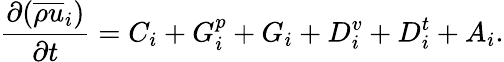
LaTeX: \frac{\partial(\overline{{\rho}}\overline{{u}}_{i})}{\partial t}=C_{i}+G_{i}^{p}+G_{i}+D_{i}^{v}+D_{i}^{t}+A_{i}.